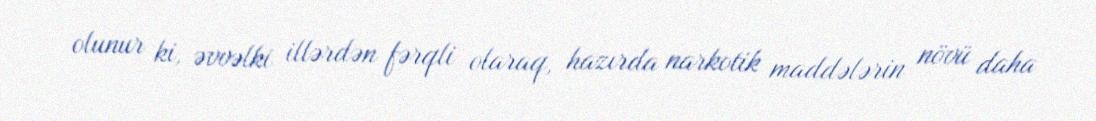
olunur ki, əvvəlki illərdən fərqli olaraq, hazırda narkotik maddələrin növü daha